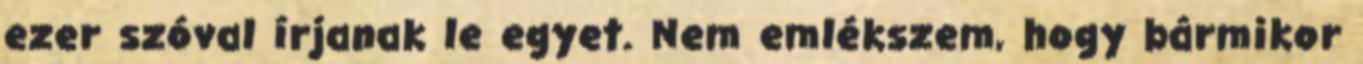
ezer szóval írjanak le egyet. Nem emlékszem, hogy bármikor